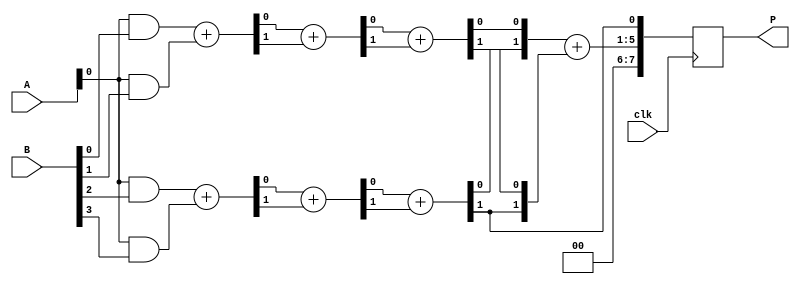
module wallace_tree_multiplier #(parameter N = 4) (
    input wire clk,
    input wire [N-1:0] A,
    input wire [N-1:0] B,
    output reg [2*N-1:0] P
);

    // Partial product generation
    wire [N-1:0] pp [0:N-1]; // Partial products
    genvar i;
    generate
        for (i = 0; i < N; i = i + 1) begin : pp_gen
            assign pp[i] = A & {N{B[i]}}; // AND operation to generate partial products
        end
    endgenerate

    // Internal wires for Wallace tree
    wire [N-1:0] sum [0:N-1]; // Sums at each stage
    wire [N-1:0] carry [0:N-1]; // Carries at each stage
    wire [N-1:0] final_sum;
    wire [N-1:0] final_carry;

    // Wallace tree reduction
    generate
        for (i = 0; i < N-1; i = i + 1) begin : wallace_tree
            if (i == 0) begin
                // First stage: Half Adders and Full Adders
                assign {carry[i][0], sum[i][0]} = pp[0][i] + pp[1][i];
                assign {carry[i][1], sum[i][1]} = pp[2][i] + pp[3][i];
            end else begin
                // Subsequent stages
                assign {carry[i][0], sum[i][0]} = sum[i-1][0] + carry[i-1][0];
                assign {carry[i][1], sum[i][1]} = sum[i-1][1] + carry[i-1][1];
            end
        end
    endgenerate

    // Final addition
    always @(posedge clk) begin
        // Combine the last stage results
        {final_carry[0], final_sum} = sum[N-2] + carry[N-2];
        // Store the final product
        P <= {final_carry[0], final_sum, carry[N-2][1]};
    end

endmodule